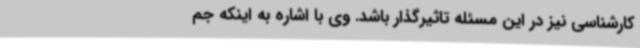
کارشناسی نیز در این مسئله تاثیرگذار باشد. وی با اشاره به اینکه جم